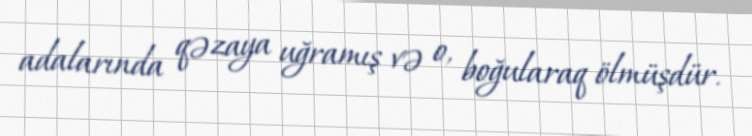
adalarında qəzaya uğramış və o, boğularaq ölmüşdür.